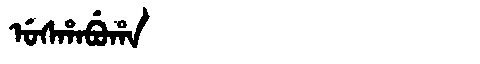
Manchu: ᡠᠰᡥᠠᠪᡠᡥᠠ
Romanization: USHABUHA